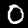
Label: 0